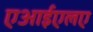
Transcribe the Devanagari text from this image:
एआईएलए